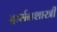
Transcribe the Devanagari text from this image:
दार्शनशास्त्री